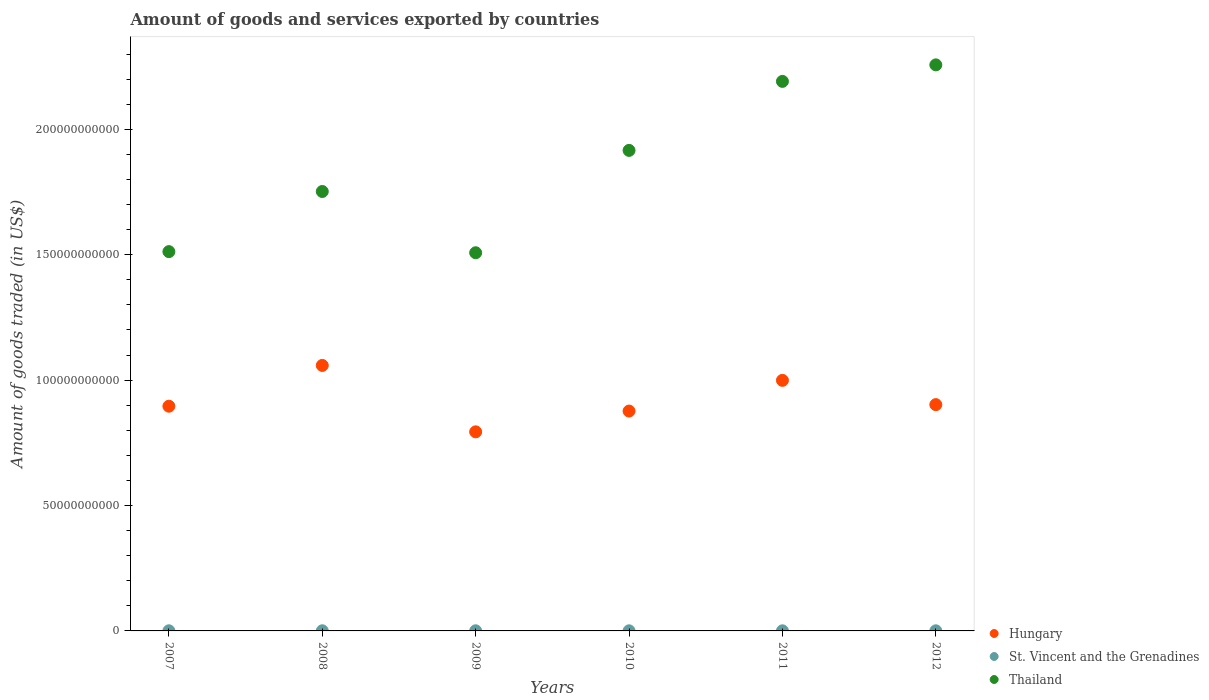
| Years | Hungary | St. Vincent and the Grenadines | Thailand |
 | --- | --- | --- | --- |
 | 2007 | 8.96e+10 | 5.13e+07 | 1.51e+11 |
 | 2008 | 1.06e+11 | 5.72e+07 | 1.75e+11 |
 | 2009 | 7.94e+10 | 5.34e+07 | 1.51e+11 |
 | 2010 | 8.77e+10 | 4.5e+07 | 1.92e+11 |
 | 2011 | 9.99e+10 | 4.34e+07 | 2.19e+11 |
 | 2012 | 9.02e+10 | 4.78e+07 | 2.26e+11 |